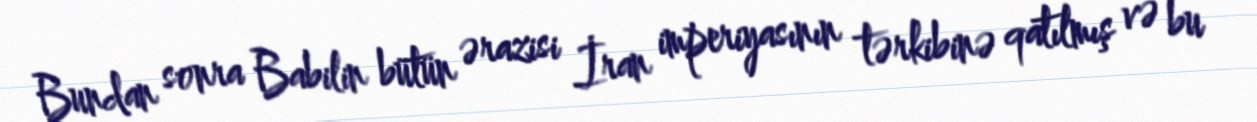
Bundan sonra Babilin bütün ərazisi İran imperiyasının tərkibinə qatılmış və bu